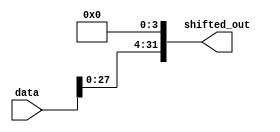
module left_barrel_4(
    output [31:0] shifted_out,
    input [31:0] data
);
    assign shifted_out[31:4] = data[27:0];
    assign shifted_out[3:0] = 4'b0;
endmodule